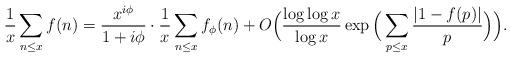
LaTeX: \begin{align*} \frac 1x \sum_{n\leq x} f(n) = \frac{x^{i\phi}}{1+i\phi}\cdot \frac 1x \sum_{n\leq x} f_\phi(n) +O\Big( \frac{\log \log x}{\log x} \exp\Big( \sum_{p\le x} \frac{|1-f(p)|}{p}\Big)\Big).\end{align*}